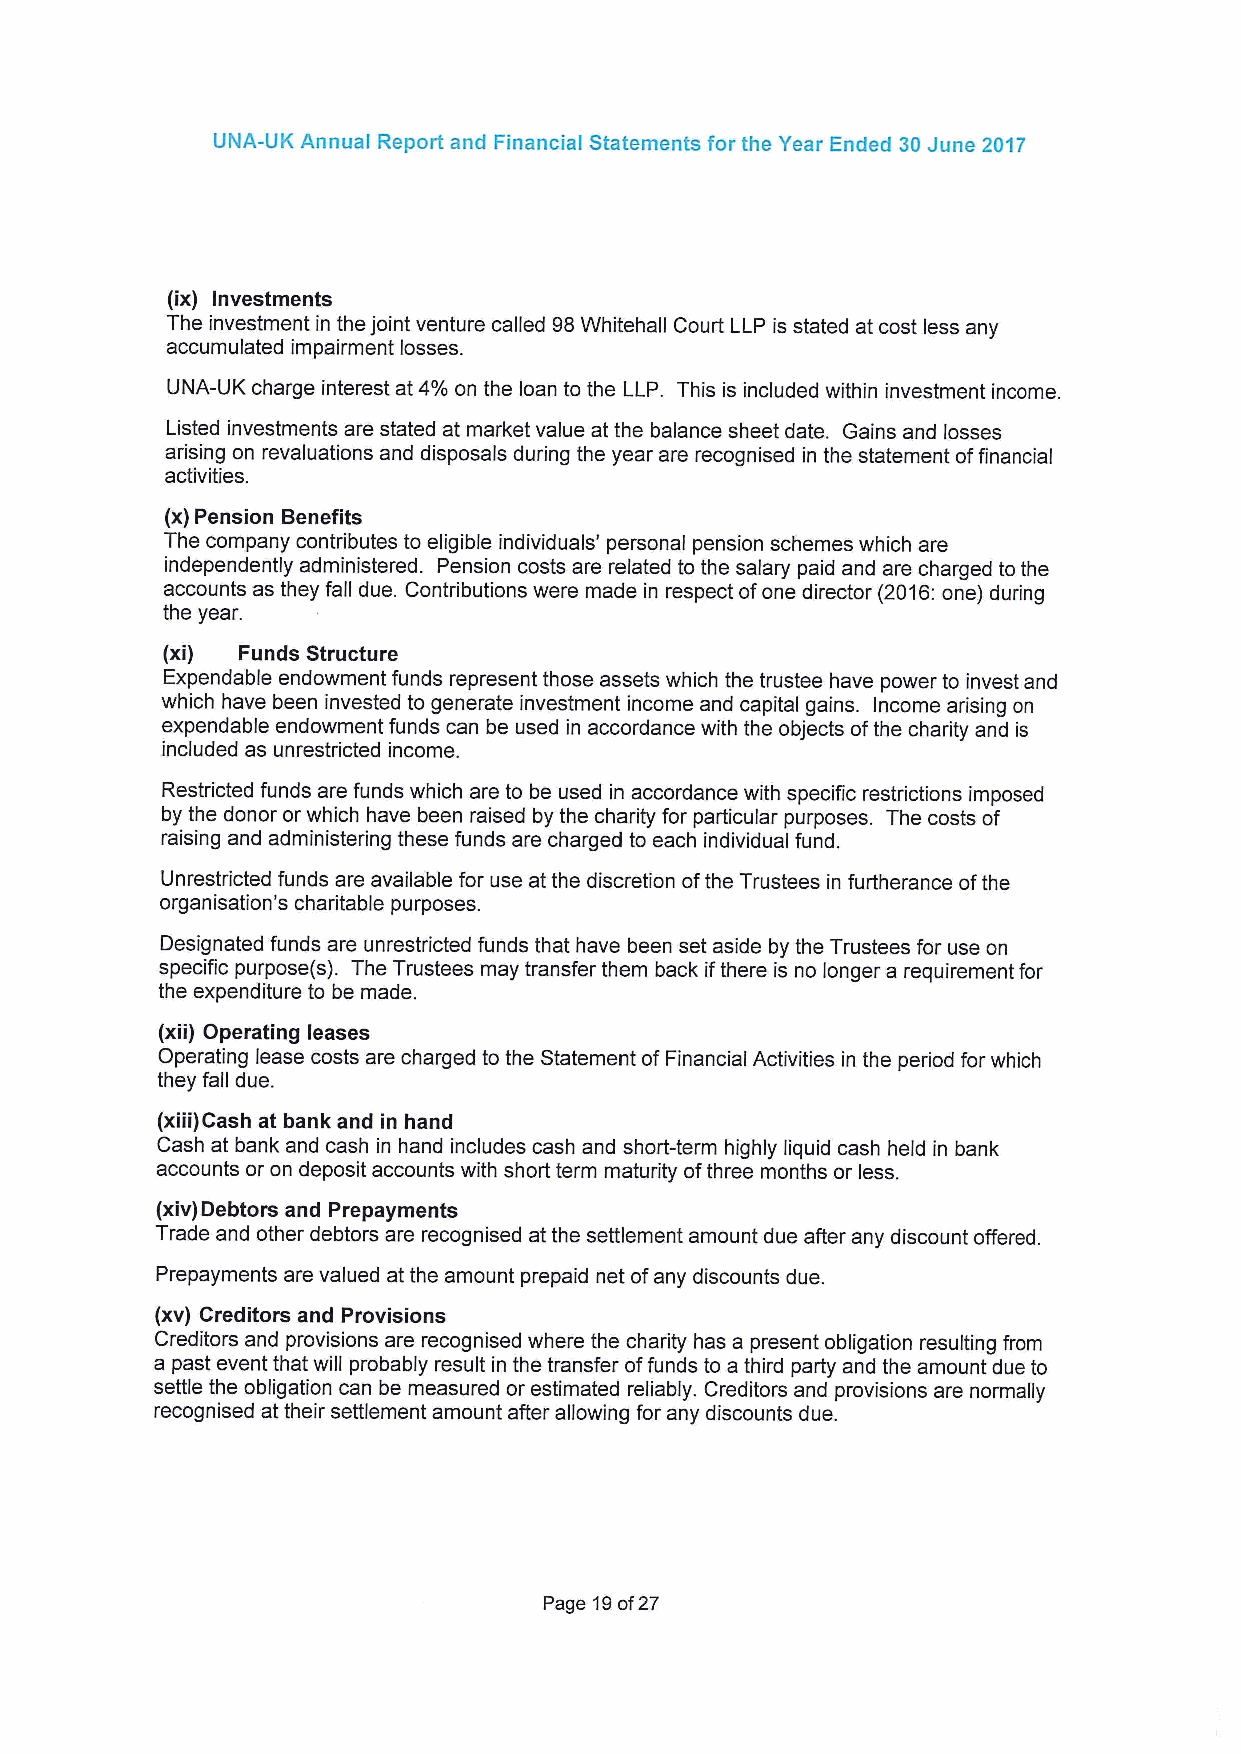
UNA-UK Annual Report and Financial Statements for the Year Ended 30June 2017
 (Ix) Investments
 The investment in the joint venture called 98Whitehall Court LLP is stated at cost less any
 accumulated impairment losses.
 UNA-UK charge interest at 4%on the loan to the LLP. This is included within investment income.
 Listed investments are stated at market value at the balance sheet date. Gains and losses
 arising on revaluations and disposals during the year are recognised in the statement offinancial
 activities.
 (x)Pension Benefits
 The company contributes to eligible individuals' personal pension schemes which are
 independently administered. Pension costs are related to the salary paid and are charged to the
 accounts as they fall due. Contributions were made in respect ofone director (2016:one) during
 the year.
 (xi) Funds Structure
 Expendable endowment funds represent those assets which the trustee have power to invest and
 which have been invested to generate investment income and capital gains. Income arising on
 expendable endowment funds can be used in accordance with the objects ofthe charity and is
 included as unrestricted income.
 Restricted funds are funds which are to be used in accordance with specific restrictions imposed
 by the donor or which have been raised by the charity for particular purposes. The costs of
 raising and administering these funds are charged to each individual fund.
 Unrestricted funds are available for use at the discretion ofthe Trustees in furtherance ofthe
 organisation's charitable purposes.
 Designated funds are unrestricted funds that have been set aside by the Trustees for use on
 specific purpose(s). The Trustees may transfer them back ifthere is no longer a requirement for
 the expenditure to be made.
 (xii) Operating leases
 Operating lease costs are charged to the Statement ofFinancial Activities in the period for which
 they fall due.
 (xiii)Cash at bank and in hand
 Cash at bank and cash in hand includes cash and short-term highly liquid cash held in bank
 accounts or on deposit accounts with short term maturity ofthree months or less.
 (xiv)Debtors and Prepayments
 Trade and other debtors are recognised at the settlement amount due after any discount offered.
 Prepayments are valued at the amount prepaid net ofany discounts due.
 (xv) Creditors and Provisions
 Creditors and provisions are recognised where the charity has a present obligation resulting from
 a past event that will probably result in the transfer offunds to a third party and the amount due to
 settle the obligation can be measured or estimated reliably. Creditors and provisions are normally
 recognised at their settlement amount after allowing for any discounts due.
 Page 19of27